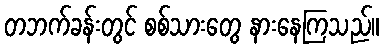
တဘက်ခန်းတွင် စစ်သားတွေ နားနေကြသည်။